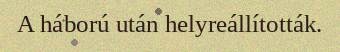
A háború után helyreállították.